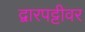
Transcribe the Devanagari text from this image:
द्वारपट्टीवर